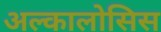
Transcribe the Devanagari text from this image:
अल्कालोसिस